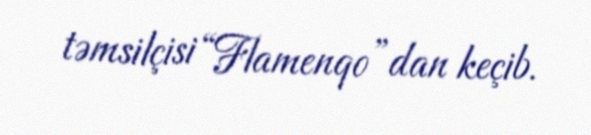
təmsilçisi “Flamenqo”dan keçib.